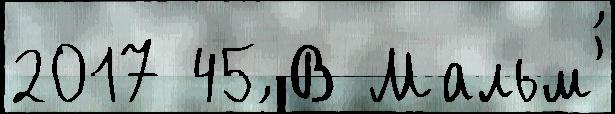
2017 45 В Мальм'́